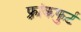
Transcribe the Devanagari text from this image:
फ़्रांकफुर्ट